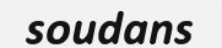
soudans